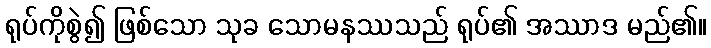
ရုပ်ကိုစွဲ၍ ဖြစ်သော သုခ သောမနဿသည် ရုပ်၏ အဿာဒ မည်၏။